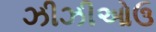
ઝીઝીઓઉ